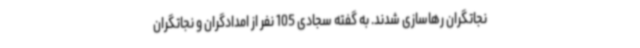
نجاتگران رهاسازی شدند. به گفته سجادی 105 نفر از امدادگران و نجاتگران